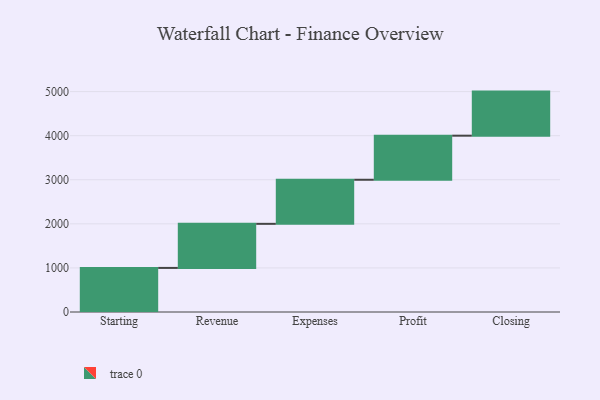
{"axis": {"x": "Step", "y": "Value"}, "legend": [""], "data": [{"x": "Starting", "y": 1000, "type": ""}, {"x": "Revenue", "y": 1000, "type": ""}, {"x": "Expenses", "y": 1000, "type": ""}, {"x": "Profit", "y": 1000, "type": ""}, {"x": "Closing", "y": 1000, "type": ""}]}